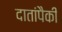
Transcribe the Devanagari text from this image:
दातांपैकी